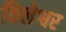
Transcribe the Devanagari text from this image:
विलेश्वर